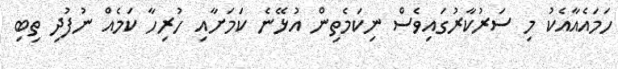
ހަމައެއާއެކު މި ސަރުކާރުގައިވެސް ނިކަމެތިން އުޅޭނެ ކަމަށާއި ހުރިހާ ކަމެއް ނުފުދި ތިބި